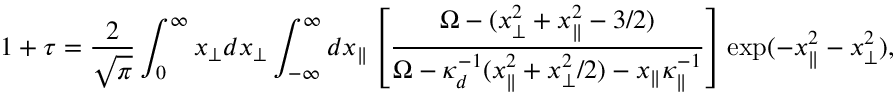
1 + \tau = \frac { 2 } { \sqrt { \pi } } \int _ { 0 } ^ { \infty } x _ { \perp } d x _ { \perp } \int _ { - \infty } ^ { \infty } d x _ { \| } \left[ \frac { \Omega - ( x _ { \perp } ^ { 2 } + x _ { \| } ^ { 2 } - 3 / 2 ) } { \Omega - \kappa _ { d } ^ { - 1 } ( x _ { \| } ^ { 2 } + x _ { \perp } ^ { 2 } / 2 ) - x _ { \| } \kappa _ { \| } ^ { - 1 } } \right] \exp ( - x _ { \| } ^ { 2 } - x _ { \perp } ^ { 2 } ) ,